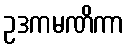
ဥဒကမဏိကာ